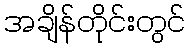
အချိန်တိုင်းတွင်